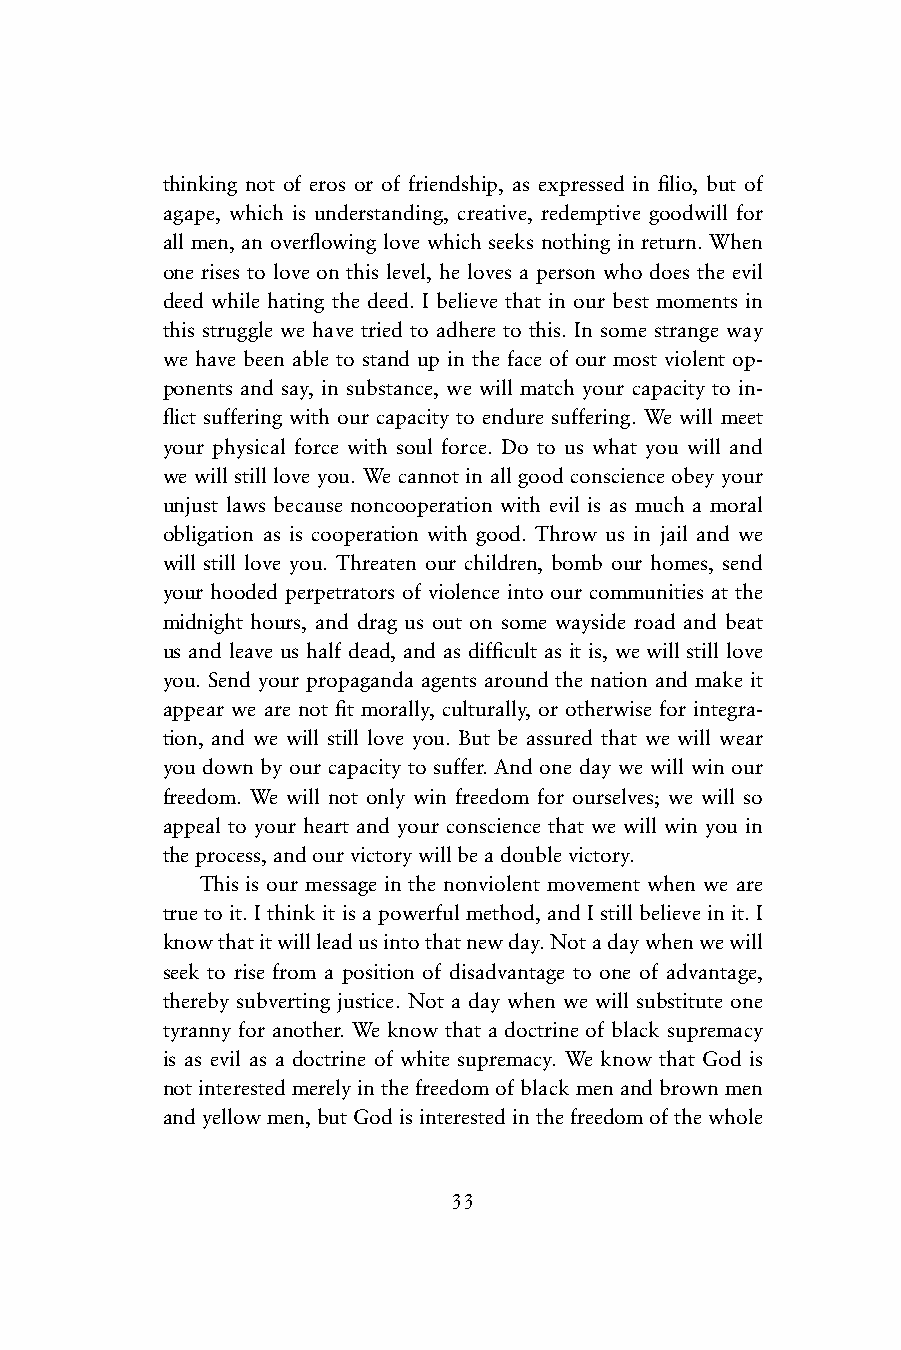
thinking not of eros or of friendship, as expressed in fi lio, but of
 agape, which is understanding, creative, redemptive goodwill for
 all men, an overfl owing love which seeks nothing in return. When
 one rises to love on this level, he loves a person who does the evil
 deed while hating the deed. I believe that in our best moments in
 this struggle we have tried to adhere to this. In some strange way
 we have been able to stand up in the face of our most violent op-
 ponents and say, in substance, we will match your capacity to in-
 fl ict suffering with our capacity to endure suffering. We will meet
 your physical force with soul force. Do to us what you will and
 we will still love you. We cannot in all good conscience obey your
 unjust laws because noncooperation with evil is as much a moral
 obligation as is cooperation with good. Throw us in jail and we
 will still love you. Threaten our children, bomb our homes, send
 your hooded perpetrators of violence into our communities at the
 midnight hours, and drag us out on some wayside road and beat
 us and leave us half dead, and as diffi cult as it is, we will still love
 you. Send your propaganda agents around the nation and make it
 appear we are not fi t morally, culturally, or otherwise for integra-
 tion, and we will still love you. But be assured that we will wear
 you down by our capacity to suffer. And one day we will win our
 freedom. We will not only win freedom for ourselves; we will so
 appeal to your heart and your conscience that we will win you in
 the process, and our victory will be a double victory.
 This is our message in the nonviolent movement when we are
 true to it. I think it is a powerful method, and I still believe in it. I
 know that it will lead us into that new day. Not a day when we will
 seek to rise from a position of disadvantage to one of advantage,
 thereby subverting justice. Not a day when we will substitute one
 tyranny for another. We know that a doctrine of black supremacy
 is as evil as a doctrine of white supremacy. We know that God is
 not interested merely in the freedom of black men and brown men
 and yellow men, but God is interested in the freedom of the whole
 33